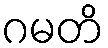
ဂမတိ